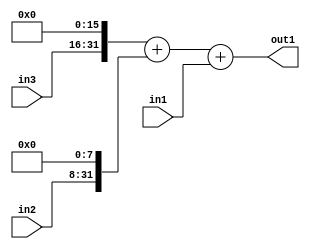
`timescale 1ps / 1ps
/*****************************************************************************
    Verilog RTL Description
    
    
    Created by: Stratus DpOpt 21.05.01 
*******************************************************************************/

module SobelFilter_Add3s32Cati0s24CatiLLs16_4 (
	in3,
	in2,
	in1,
	out1
	); /* architecture "behavioural" */ 
input [15:0] in3;
input [23:0] in2;
input [31:0] in1;
output [31:0] out1;
wire [31:0] asc001,
	asc002,
	asc003;

assign asc002 = {in3,16'B0000000000000000};

assign asc003 = {in2,8'B00000000};

wire [31:0] asc001_tmp_0;
assign asc001_tmp_0 = 
	+(asc002)
	+(asc003);
assign asc001 = asc001_tmp_0
	+(in1);

assign out1 = asc001;
endmodule

/* CADENCE  v7b0Sw0= : u9/ySxbfrwZIxEzHVQQV8Q== ** DO NOT EDIT THIS LINE ******/